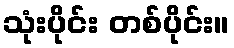
သုံးပိုင်း တစ်ပိုင်း။